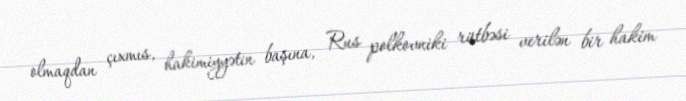
olmaqdan çıxmıs, hakimiyyətin başına, Rus polkovniki rütbəsi verilən bir hakim